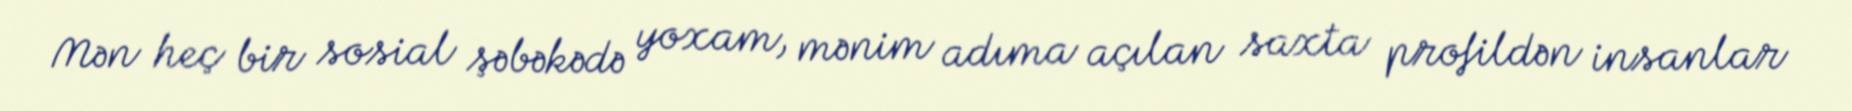
Mən heç bir sosial şəbəkədə yoxam, mənim adıma açılan saxta profildən insanlar